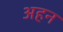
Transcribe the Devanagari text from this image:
अहन